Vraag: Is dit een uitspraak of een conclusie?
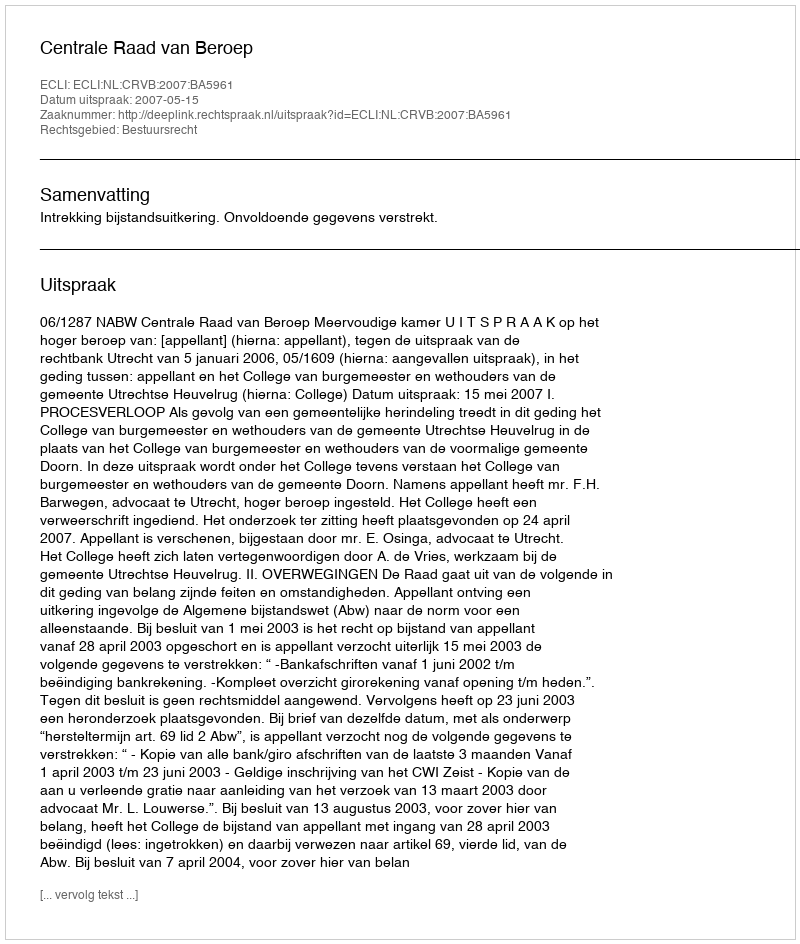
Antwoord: Uitspraak